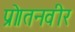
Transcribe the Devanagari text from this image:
प्रो।तनवीर